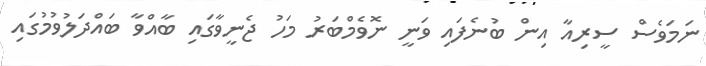
ނަމަވެސް ސީރިއާ އިން ބުނެފައި ވަނީ ނޮވެމްބަރު މަހު ޖެނީވާގައި ބާއްވާ ބައްދަލުވުމުގައި